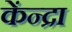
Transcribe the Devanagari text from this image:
केंन्द्रा